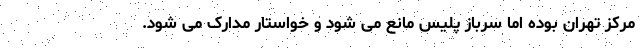
مرکز تهران بوده اما سرباز پلیس مانع می شود و خواستار مدارک می شود.